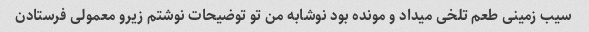
سیب زمینی طعم تلخی میداد و مونده بود نوشابه من تو توضیحات نوشتم زیرو معمولی فرستادن